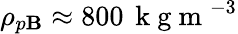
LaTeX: \rho_{p\mathbf{B}}\approx800\, \mathrm{{~k~g~m~}}^{-3}